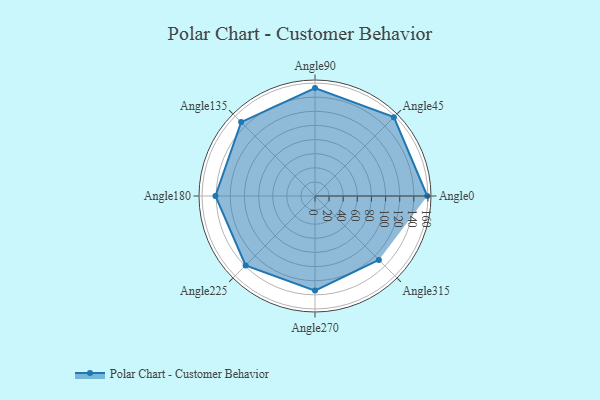
{"axis": {"x": "Angle", "y": "Radius"}, "legend": [""], "data": [{"x": "Angle0", "y": 159.0, "type": ""}, {"x": "Angle45", "y": 158.0, "type": ""}, {"x": "Angle90", "y": 153.0, "type": ""}, {"x": "Angle135", "y": 148.0, "type": ""}, {"x": "Angle180", "y": 141.0, "type": ""}, {"x": "Angle225", "y": 139.0, "type": ""}, {"x": "Angle270", "y": 134.0, "type": ""}, {"x": "Angle315", "y": 128.0, "type": ""}]}